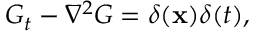
G _ { t } - \nabla ^ { 2 } G = \delta ( \mathbf { x } ) \delta ( t ) ,